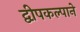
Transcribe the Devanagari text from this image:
द्वीपकल्पाने